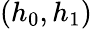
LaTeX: (h_{0},h_{1})